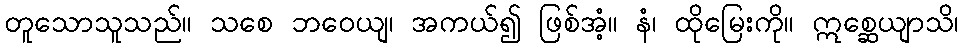
တူသောသူသည်။ သစေ ဘဝေယျ၊ အကယ်၍ ဖြစ်အံ့။ နံ၊ ထိုမြေးကို။ ဣစ္ဆေယျာသိ၊